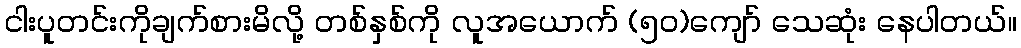
ငါးပူတင်းကိုချက်စားမိလို့ တစ်နှစ်ကို လူအယောက် (၅၀)ကျော် သေဆုံး နေပါတယ်။